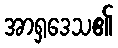
အာရှဒေသ၏